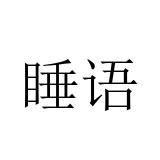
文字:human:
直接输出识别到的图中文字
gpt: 睡语